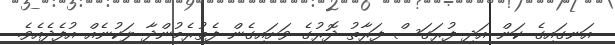
އަނގައިގެ ކަން އަދި ފުރަގަސް ފަރާތު ދޮރުގެ ވަށައިގެން ފެތުރެމުންދާ ލަކުނެއް އުފެދެއެވެ.